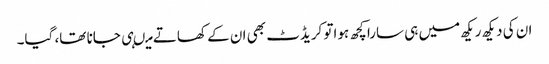
ان کی دیکھ ریکھ میں ہی سارا کچھ ہواتو کریڈٹ بھی ان کے کھاتے میںہی جانا تھا، گیا۔